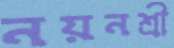
নয়নশ্রী